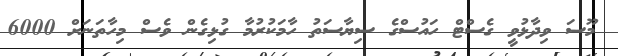
މޫސަ ވިދާޅުވީ ގެސްޓް ހައުސްގެ ސިޔާސަތު ހާމަކުރުމާ ގުޅިގެން ވެސް މިހާތަނަށް 6000